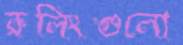
রুলিংগুলো